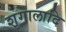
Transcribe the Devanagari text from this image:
शृगालादि